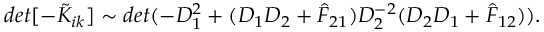
d e t [ - \tilde { K } _ { i k } ] \sim d e t ( - D _ { 1 } ^ { 2 } + ( D _ { 1 } D _ { 2 } + \hat { F } _ { 2 1 } ) D _ { 2 } ^ { - 2 } ( D _ { 2 } D _ { 1 } + \hat { F } _ { 1 2 } ) ) .